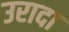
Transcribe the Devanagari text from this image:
उरादा